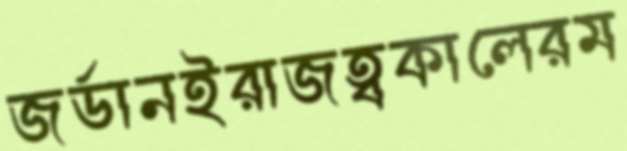
জর্ডানইরাজত্বকালেরম